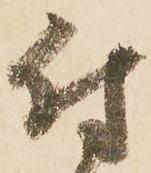
付